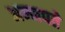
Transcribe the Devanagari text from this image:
अन्नपते